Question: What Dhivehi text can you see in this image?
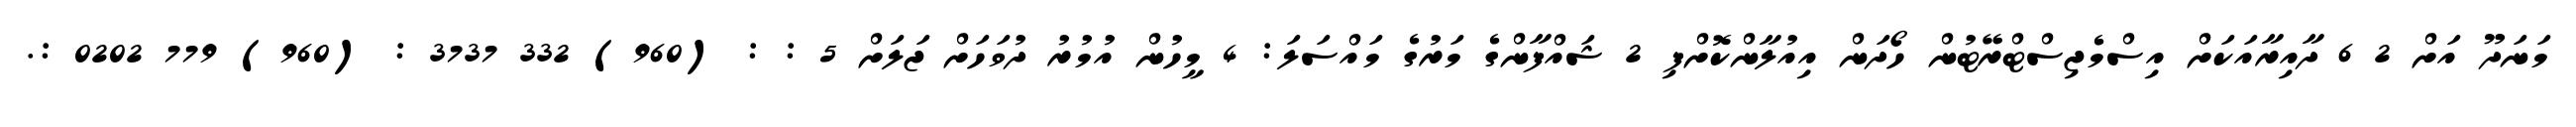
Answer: މަނަދޫ އަށް 2 6 ދާއިރާއަކަށް އިސްމެޖިސްޓްރޭޓުން ހޯދަން އިއުލާންކޮށްފި 2 ޝައްފާންގެ މަރުގެ މައްސަލަ: 4 މީހުން އުމުރު ދުވަހަށް ޖަލަށް 5 : : (960) 332 3737 : (960) 779 0202 :.